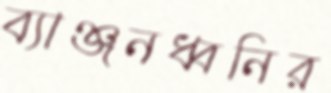
ব্যাঞ্জনধ্বনির